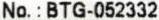
NO.:BTG-052332